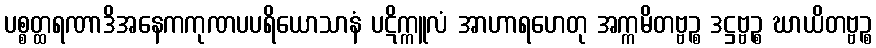
ပစ္စတ္ထရဏာဒိအနေကကုဏပပရိယောသာနံ ပဋိက္ကူလံ အာဟာရဟေတု အက္ကမိတဗ္ဗဉ္စ ဒဋ္ဌဗ္ဗဉ္စ ဃာယိတဗ္ဗဉ္စ